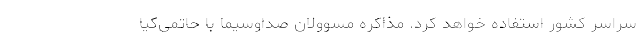
سراسر کشور استفاده خواهد کرد. مذاکره مسوولان صداوسیما با حاتمی‌کیا